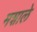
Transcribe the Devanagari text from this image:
मशाले